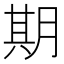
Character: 期